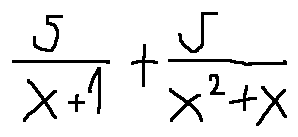
\frac { 5 } { x + 1 } + \frac { 5 } { x ^ { 2 } + x }